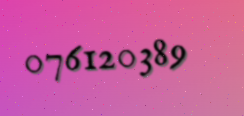
076120389